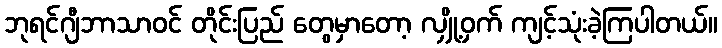
ဘုရင်ဂျီဘာသာဝင် တိုင်းပြည် တွေမှာတော့ လျှို့ဝှက် ကျင့်သုံးခဲ့ကြပါတယ်။